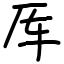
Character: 厍